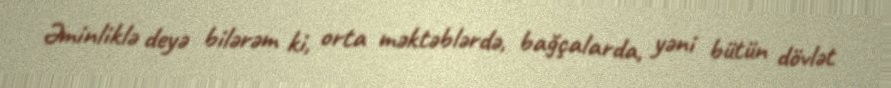
Əminliklə deyə bilərəm ki, orta məktəblərdə, bağçalarda, yəni bütün dövlət